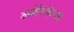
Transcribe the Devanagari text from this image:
अमेरिकेन्स